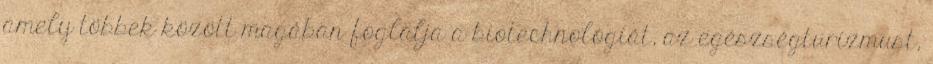
amely többek között magában foglalja a biotechnológiát, az egészségturizmust,